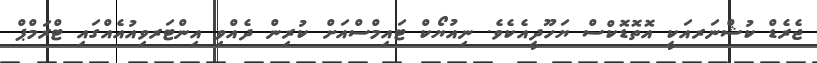
ޖެރެޑް ކުޝްނަރއަކީ އޮތޮޑޮކްސް ޔަހޫދީއެކެވެ. ނިއުޔޯކް ޓައިމްސްއަށް ކުރިން ދެއްވި އިންޓަރވިއުއެއްގައި ޓްރަމްޕް